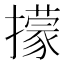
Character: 㩚